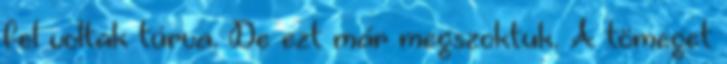
fel voltak túrva. De ezt már megszoktuk. A tömeget